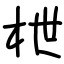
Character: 枻